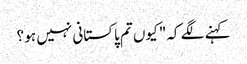
کہنے لگے کہ" کیوں تم پاکستانی نہیں ہو ؟